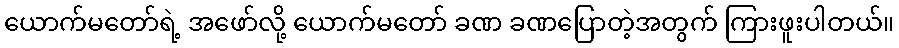
ယောက်မတော်ရဲ့ အဖော်လို့ ယောက်မတော် ခဏ ခဏပြောတဲ့အတွက် ကြားဖူးပါတယ်။